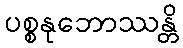
ပစ္စနုဘောဿန္တိ